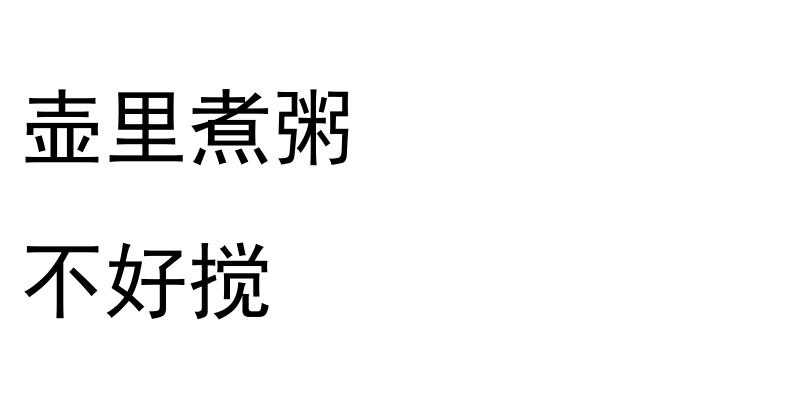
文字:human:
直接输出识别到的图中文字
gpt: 壶里煮粥 不好搅